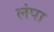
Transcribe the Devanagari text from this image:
लंपा